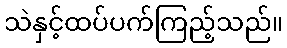
သဲနှင့်ထပ်ပက်ကြည့်သည်။